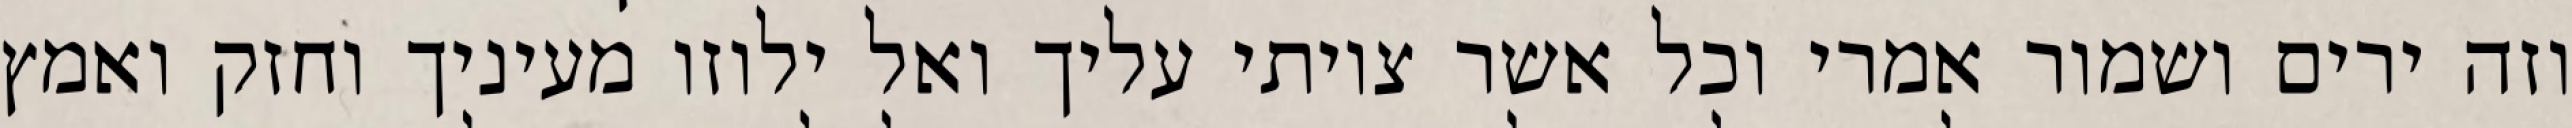
וזה ירים ושמור אמרי וכל אשר צויתי עליך ואל ילוזו מעיניך וחזק ואמץ